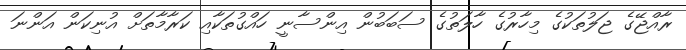
ރާއްޖޭގެ ޖަލުތަކުގެ މިހާރުގެ ހާލަތުގެ ސަބަބުން އިންސާނީ ހައްގުތަކާއި ކަރާމާތަށް އުނިކަން އަންނަ